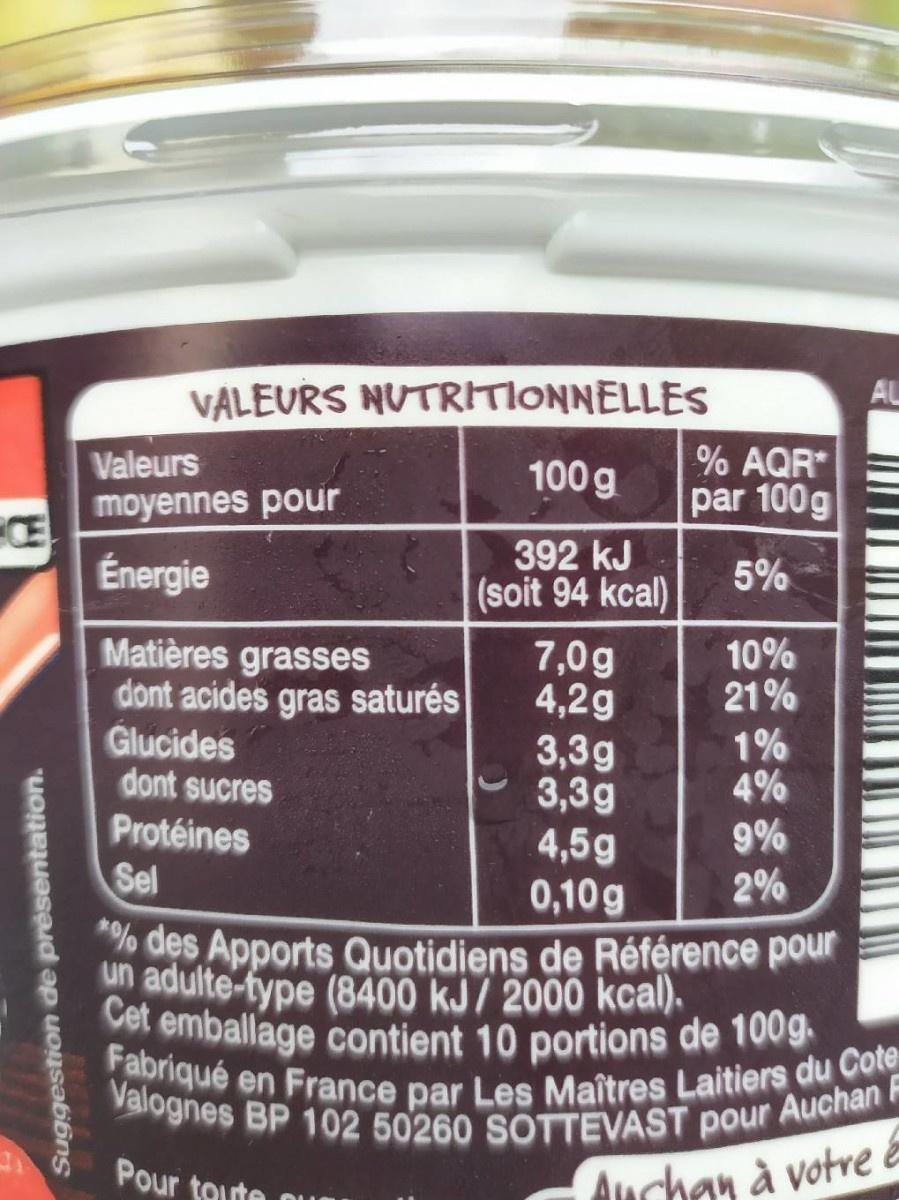
VALEURS NUTRITIONNELLES
Valeurs moyennes pour
% AQR* par 100g
100 g
Énergie
392 kJ (soit 94 kcal)
5%
Matières grasses dont acides gras saturés Glucides dont sucres
10% 21%
7,0g 4,2g 3,3g 3,3g 4,5g 0,10g des Apports Quotidiens de Référence pour
1% 4%
Protéines
9%
Sel
2%
un adulte-fype (8400 kJ/ 2000 kcal).
Cet emballage contient 10 portions de 100g. Fabriqué en France par Les Maîtres Laitiers du Cote Valognes BP 102 50260 SOTTEVAST pour Auchan F
Pour taute
Auchan à votre &
Suggestion de présentation.